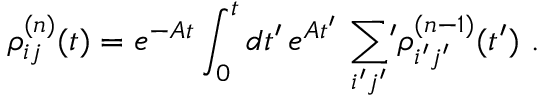
\rho _ { i j } ^ { ( n ) } ( t ) = e ^ { - A t } \int _ { 0 } ^ { t } d t ^ { \prime } \, e ^ { A t ^ { \prime } } \, \sum _ { i ^ { \prime } j ^ { \prime } } \, \! \! ^ { \prime } \rho _ { i ^ { \prime } j ^ { \prime } } ^ { ( n - 1 ) } ( t ^ { \prime } ) \ .